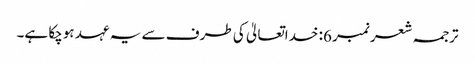
ترجمہ شعر نمبر 6: خداتعالیٰ کی طرف سے یہ عہد ہوچکا ہے۔